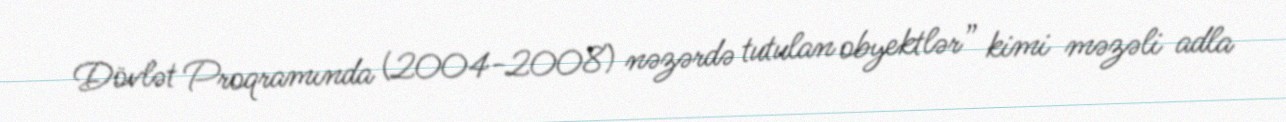
Dövlət Proqramında (2004-2008) nəzərdə tutulan obyektlər” kimi məzəli adla